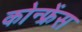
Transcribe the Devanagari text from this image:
कोन्फ्रेंस